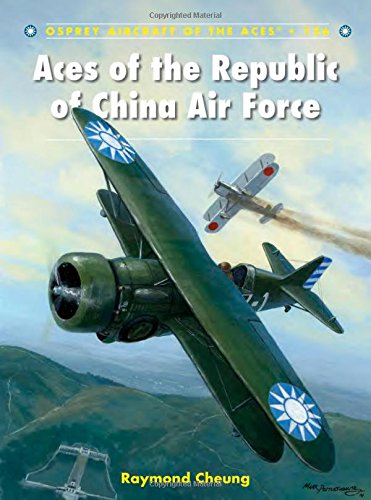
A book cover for Aces of the Republic of China Air Force (Aircraft of the Aces); Raymond Cheung; History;